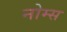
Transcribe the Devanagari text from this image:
नोम्स